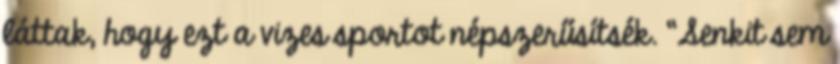
láttak, hogy ezt a vizes sportot népszerűsítsék. “Senkit sem